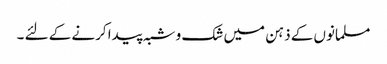
مسلمانوں کے ذہن میں شک و شبہ پیدا کرنے کے لئے ۔